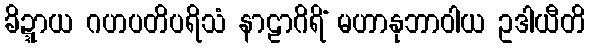
ခိဍ္ဍာယ ဂဟပတိပရိသံ နာဠာဂိရိံ မဟာနုဘာဝါယ ဥဒါယီတိ